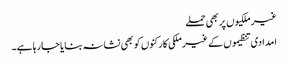
غیر ملکیوں پر بھی حملے
امدادی تنظیموں کے غیر ملکی کارکنوں کو بھی نشانہ بنایا جا رہا ہے۔